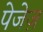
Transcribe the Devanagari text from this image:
पेजेज़